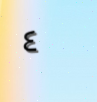
٤